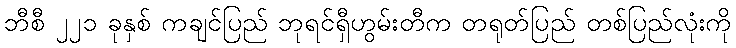
ဘီစီ ၂၂၁ ခုနှစ် ကချင်ပြည် ဘုရင်ရှီဟွမ်းတီက တရုတ်ပြည် တစ်ပြည်လုံးကို